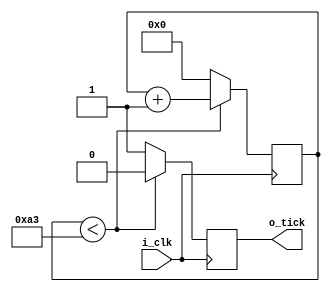
module br_generator
#(
  //PARAMETERS
  // Valores del ejemplo de la presentacion
  // investigar la frecuencia de la placa
  parameter clk_frec  = 50.0, // 50MHz
  parameter baudrate = 19200

  )
  (
  //INPUTS
   input        i_clk,
   //OUTPUTS
   output     reg o_tick
   );
   
  localparam integer modulo = (clk_frec*1000000) / (baudrate * 16);
  reg [ $clog2 (modulo) - 1:0] contador;
  
  
  always @(posedge i_clk)
  begin
    if(contador < modulo)
        begin
            o_tick <= 0;
            contador <= contador + 1;
        end
    else
        begin
            o_tick <= 1;
            contador <= 0;
        end
  end      
        

   
endmodule